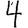
Digit: 4